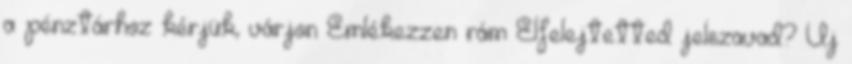
a pénztárhoz kérjük, várjon Emlékezzen rám Elfelejtetted jelszavad? Új